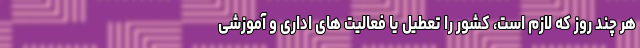
هر چند روز که لازم است، کشور را تعطیل یا فعالیت های اداری و آموزشی